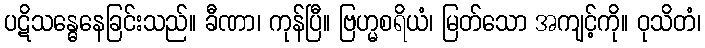
ပဋိသန္ဓေနေခြင်းသည်။ ခီဏာ၊ ကုန်ပြီ။ ဗြဟ္မစရိယံ၊ မြတ်သော အကျင့်ကို။ ဝုသိတံ၊